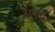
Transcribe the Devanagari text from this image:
ओफ़्फ़ो